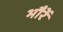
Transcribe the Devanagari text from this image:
भौरें